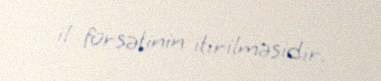
il fürsətinin itirilməsidir.